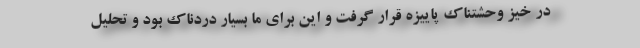
در خیز وحشتناک پاییزه قرار گرفت و این برای ما بسیار دردناک بود و تحلیل